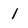
Character: 1